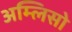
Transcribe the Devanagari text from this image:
अम्लिसो